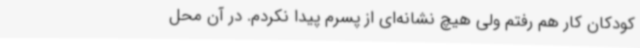
کودکان کار هم رفتم ولی هیچ نشانه‌ای از پسرم پیدا نکردم. در آن محل